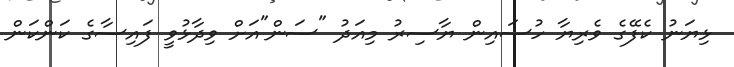
ޅިޔަނު ކެފޭގެ ވެރިޔާ ހުސައިން ޔާސިރު މިއަދު "ސަން"އަށް ވިދާޅުވީ ފައިސާގެ ކަންކަން